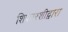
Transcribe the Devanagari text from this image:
शिफारशीद्वारा